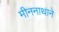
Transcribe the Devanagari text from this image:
मीननाथाने